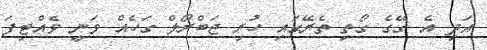
އަދި އެ ގޭގެ ގޯތި ތެރޭގައި ހުރި ޖަބްރޯލް ގަހެއް ވަނީ ވެއްޓިފަ